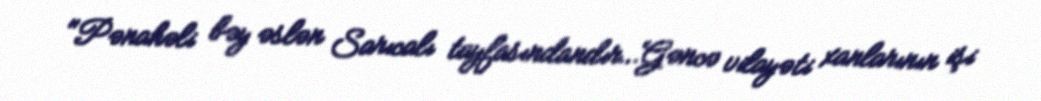
"Pənahəli bəy əslən Sarıcalı tayfasındandır…Gəncə vilayəti xanlarının işi